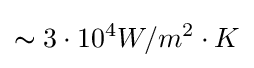
\thicksim 3\cdot 10^{4}W/m^{2}\cdot K